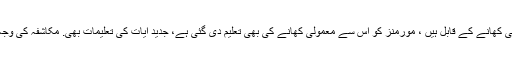
صحت مند جڑی بوٹی جسم کے لئے بھی صحت مند ہیں. جبکہ گوشت اور مچھلی بھی کھانے کے قابل ہیں ، مورمنز کو اس سے معمولی کھانے کی بھی تعلیم دی گئی ہے، جدید آیات کی تعلیمات بھی. مکاشفہ کی وجہ سے قحط، موسم سرما اور سرد موسم کے وقت گوشت ذخیرہ کرنے کی تجویز ہے۔